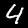
Label: 4